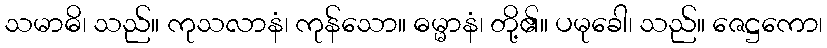
သမာဓိ၊ သည်။ ကုသလာနံ၊ ကုန်သော။ ဓမ္မာနံ၊ တို့၏။ ပမုခေါ၊ သည်။ ဇေဋ္ဌကော၊